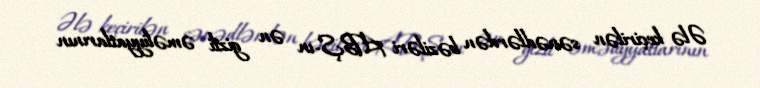
Ələ keçirilən sənədlərdən bəziləri ABŞ-ın ən gizli əməliyyatlarının